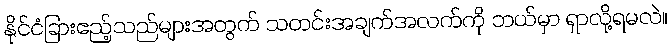
နိုင်ငံခြားဧည့်သည်များအတွက် သတင်းအချက်အလက်ကို ဘယ်မှာ ရှာလို့ရမလဲ။